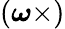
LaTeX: ({\boldsymbol{\omega}}\times)